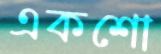
একশো